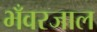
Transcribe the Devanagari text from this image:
भँवरजाल